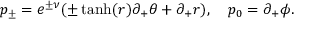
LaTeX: p _ { \pm } = e ^ { \pm \nu } ( \pm \operatorname { t a n h } ( r ) \partial _ { + } \theta + \partial _ { + } r ) , \quad p _ { 0 } = \partial _ { + } \phi .